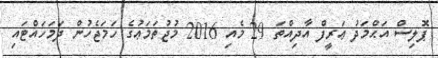
ޕޮލިސް އަޙްމަދު ޢަރީފް އާދިއްތަ 29 މެއި 2016 މުޖުތަމަޢުގެ ހަމަޖެހުން ދަމަހައްޓައި